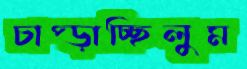
চাপ্‌ড়াচ্ছিলুম